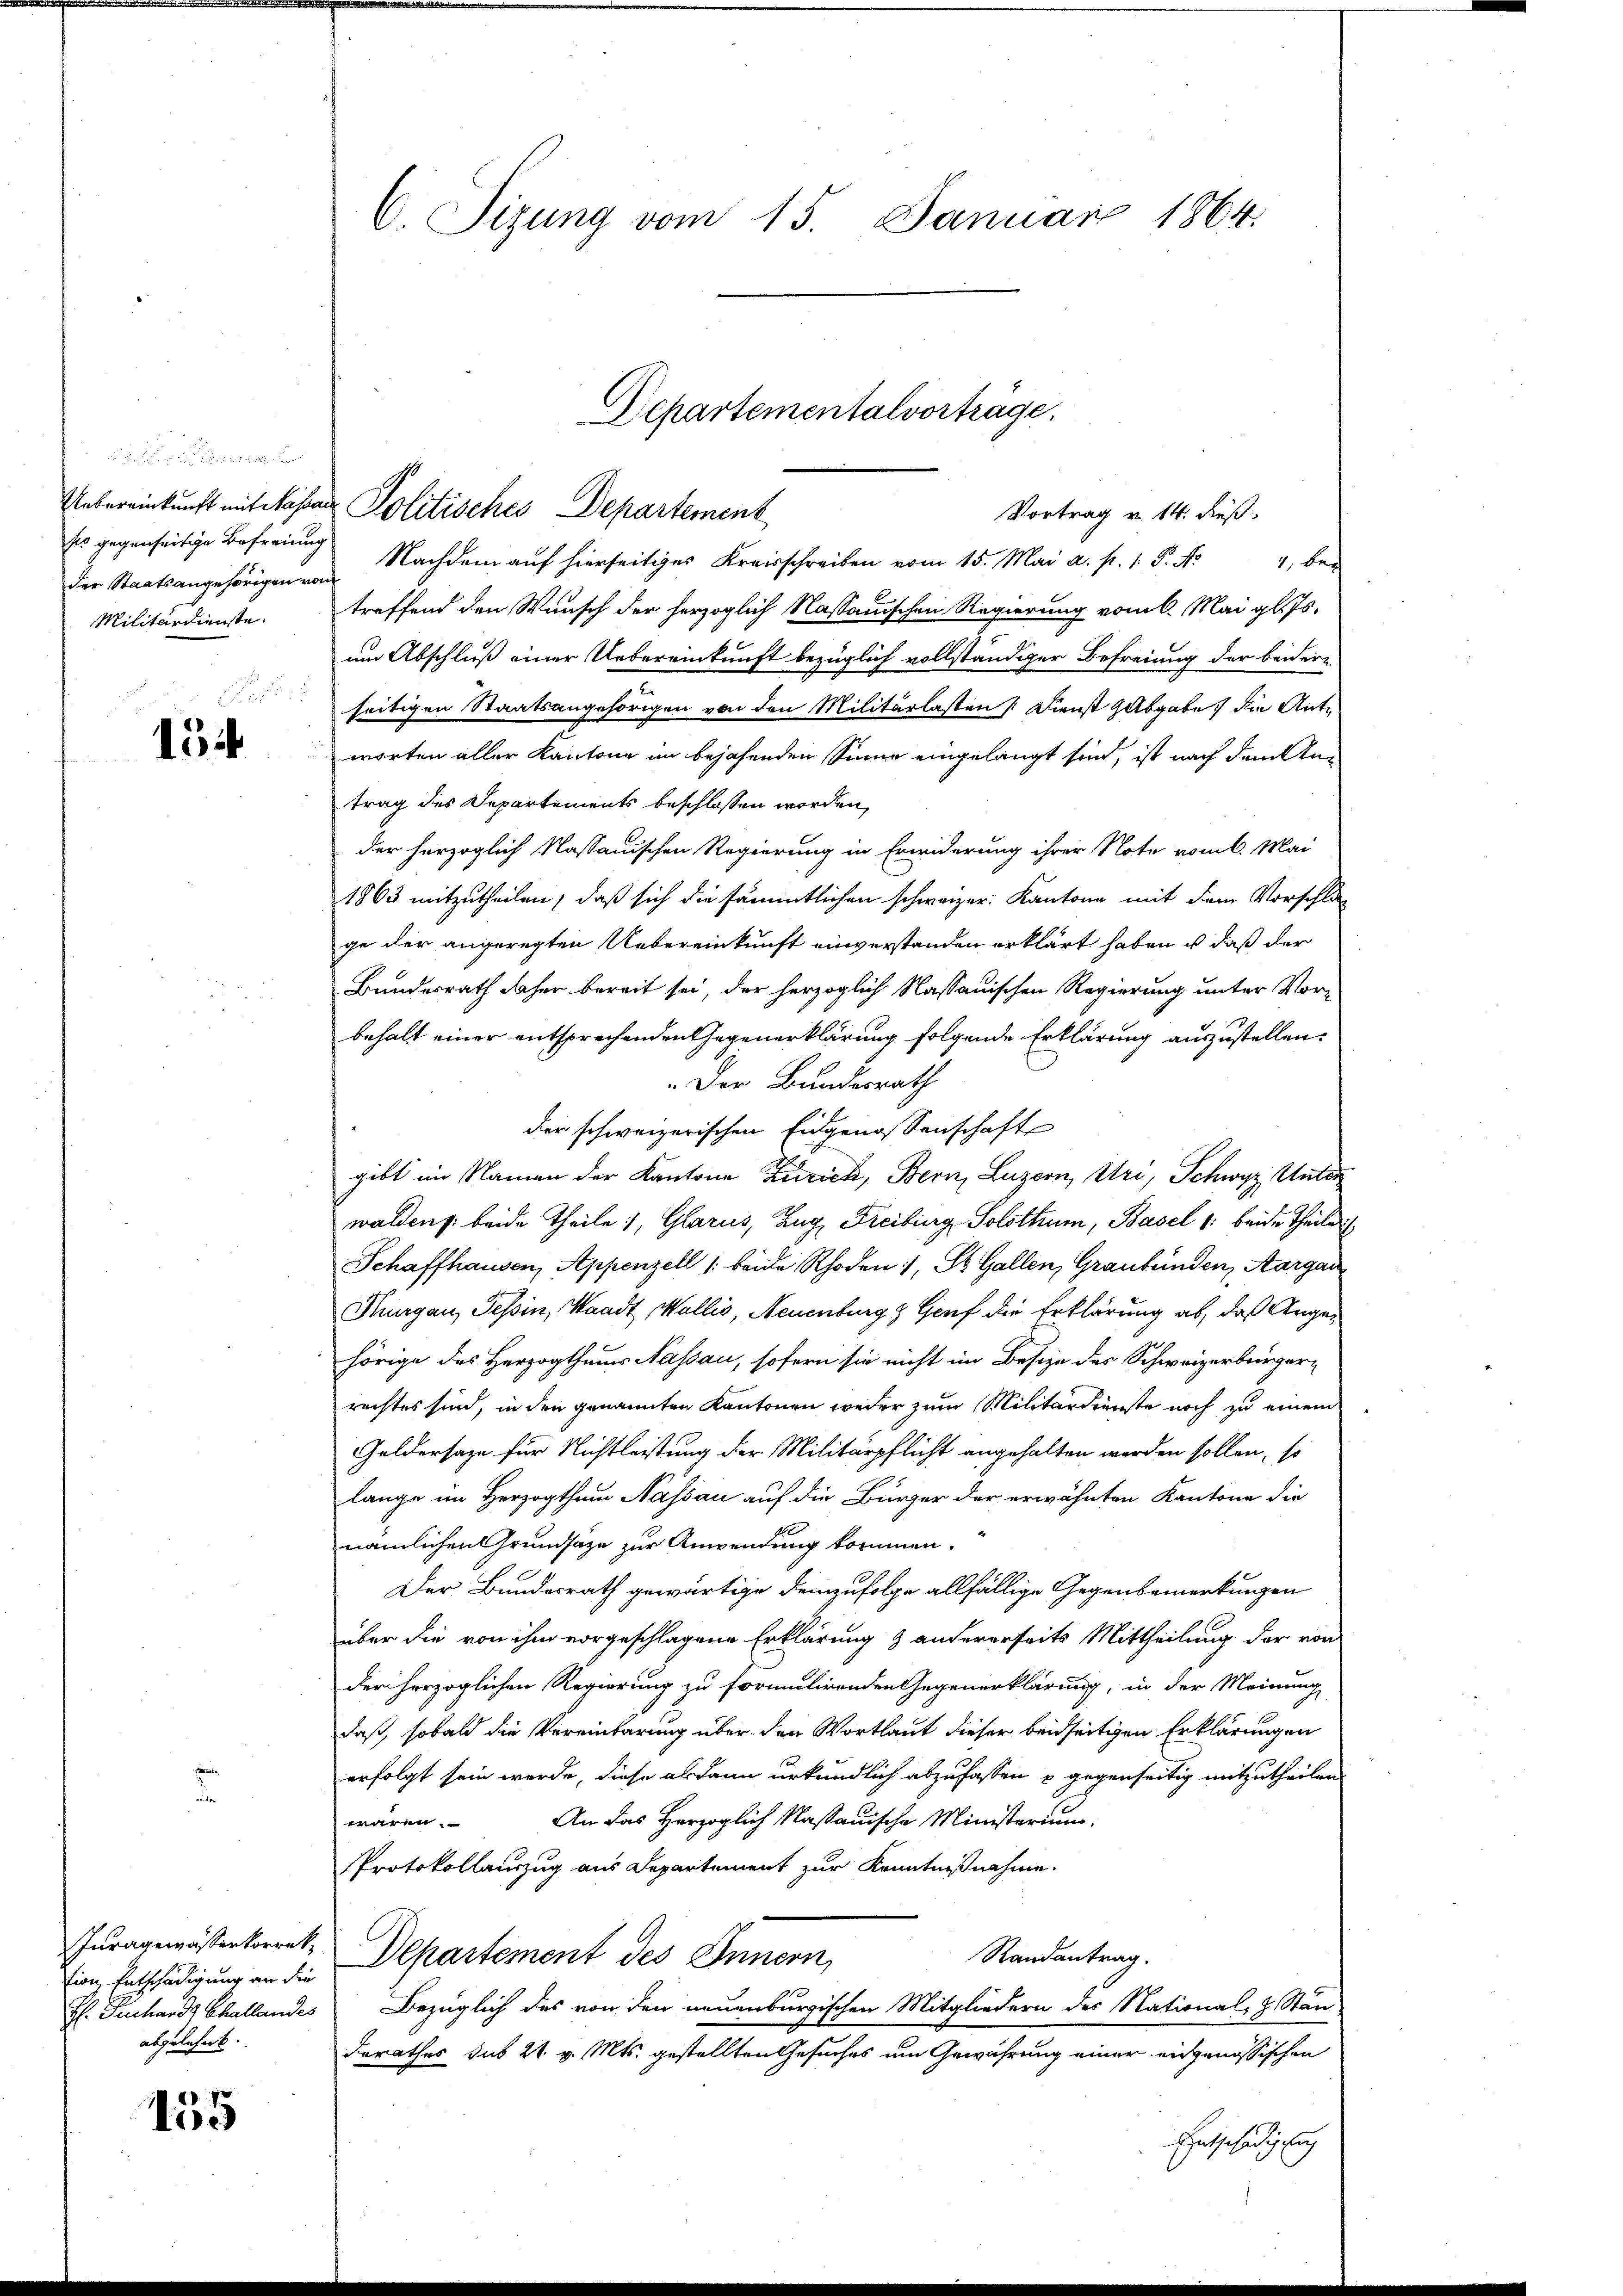
der Staatsangehörigen vom
Militärdienste.

154

tion Entschädigung an die
H: Tuchard Challandes
abgelehnt.

155

C. Sizung vom 15. Januar 1864.

Es gegenseitige Befreiung Nachdem aŭf hierseitiges Kreisschreiben vom 15. Mai a. p. 1. P. Nr. 4, bei
treffend den Wunsch der herzoglich Nassauischen Regierung vom 6. Mai gl. Js.
um Abschluß einer Uebereinkunft bezüglich vollständiger Befreiung der beidern
seitigen Staatsangehörigen von den Militärlasten Dienst abgabe die Antworten aller Kantone im bejahenden Sinne eingelangt sind, ist nach dem Antrag des Departements beschlossen worden,
der herzoglich Nassauischen Regierung in Erwiderung ihrer Note vom 6. Mai
1863 mitzutheilen, daß sich die sämmtlichen schweizer: Kantone mit dem Vorschlage der angeregten Uebereinkunft einverstanden erklärt haben u. daß der
Bundesrath daher bereit sei, der herzoglich Kassauischen Regierung unter Vor-
behalt einer entsprechenden Gegenerklärung folgende Erklärung auszustellen.
.Der Bundesrath
der schweizerischen Eingenossenschaft
gibt im Namen der Kantone Zürich, Bern, Luzern, Uri, Schwyz, Unter
walden beide Theile), Glarus, Zug, Freiburg Solothur, Basel 1: beide Theile
Schaffhausen, Appenzell /: beide Rhoden, St. Gallen, Graubünden, Aargau
Thurgau, Tessin, Waadt Wallis, Neuenburg & Genf die Erklärung ab, daß Angehörige des Herzogthums Nassau, sofern sie nicht im Besize des Schweizerbürgern
rechtes sind, in den genannten Kantonen weder zum Militärdienste noch zu einem
Geldersage für Nichtleistung der Militärpflicht angehalten werden sollen, so
lange im Herzogthum Nassau auf die Bürger der erwähnten Kantone die
nämlichen Grundsätze zur Anwendung kommen.
Der Bundesrath gewärtige demzufolge allfällige Gegenbemerkungen
über die von ihm vorgeschlagene Erklärung & andererseits Mittheilung der von
der herzoglichen Regierung zu formulirenden Gegenerklärung, in der Meinung
daß, sobald die Vereinbarung über den Wortlaut dieser beidseitigen Erklärungen
erfolgt sein werde, diese alsdann urkundlich abzufassen u gegenseitig mitzutheilen.
An das Herzoglich Massauische Ministerium.
wären.
Protokollauszug aus Departement zur Kenntnißnahme.
Iuragemässerberrat Departement des Innern,
Randantrag.
Bezüglich des von den neuenburgischen Mitgliedern des National- H. Stän
derathes das 21. v. Mts. gestellten Gesuches um Gewährung einer eidgenössischen
Entschädigung

Departementalvorträge.
Uebereinkunft mit Nasar Politisches Departement
Vortrag v. 14. dieß.